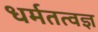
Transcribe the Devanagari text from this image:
धर्मतत्वज्ञ